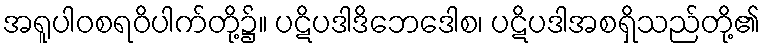
အရူပါဝစရဝိပါက်တို့၌။ ပဋိပဒါဒိဘေဒေါစ၊ ပဋိပဒါအစရှိသည်တို့၏